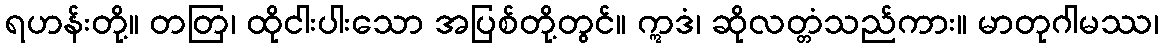
ရဟန်းတို့။ တတြ၊ ထိုငါးပါးသော အပြစ်တို့တွင်။ ဣဒံ၊ ဆိုလတ္တံသည်ကား။ မာတုဂါမဿ၊